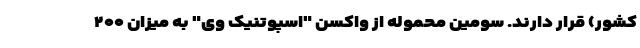
کشور) قرار دارند. سومین محموله از واکسن "اسپوتنیک وی" به میزان ۲۰۰